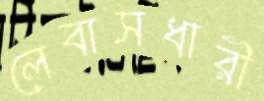
লেবাসধারী